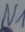
Text: N1